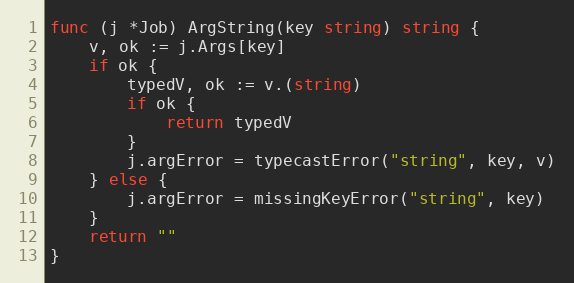
Language: Go
func (j *Job) ArgString(key string) string {
	v, ok := j.Args[key]
	if ok {
		typedV, ok := v.(string)
		if ok {
			return typedV
		}
		j.argError = typecastError("string", key, v)
	} else {
		j.argError = missingKeyError("string", key)
	}
	return ""
}